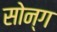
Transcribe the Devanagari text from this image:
सोन्ग